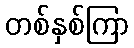
တစ်နှစ်ကြာ